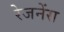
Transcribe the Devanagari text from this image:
रेजनेंस